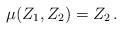
LaTeX: \begin{align*}\mu(Z_1,Z_2)=Z_2\,. \end{align*}